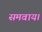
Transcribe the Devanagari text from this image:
समवाय।